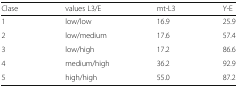
| Clase | values L3/E | mt-L3 | Y-E |
 | --- | --- | --- | --- |
 | 1 | low/low | 16.9 | 25.9 |
 | 2 | low/medium | 17.6 | 57.4 |
 | 3 | low/high | 17.2 | 86.6 |
 | 4 | medium/high | 36.2 | 92.9 |
 | 5 | high/high | 55.0 | 87.2 |